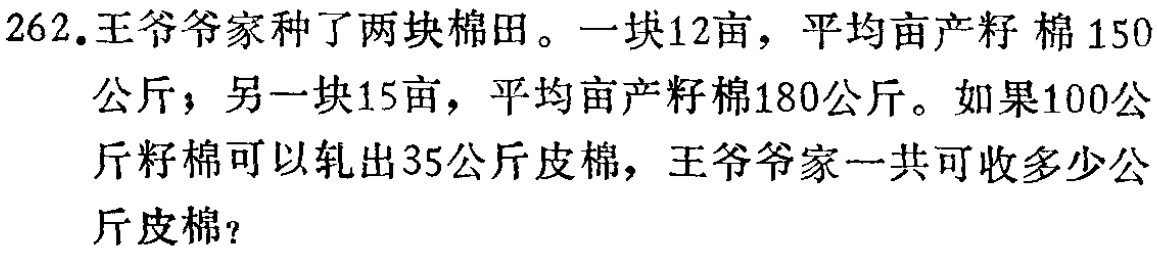
262.王爷爷家种了两块棉田。一块12亩，平均亩产籽棉150公斤；另一块15亩，平均亩产籽棉180公斤。如果100公斤籽棉可以轧出35公斤皮棉，王爷爷家一共可收多少公斤皮棉？